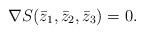
LaTeX: \begin{align*}\nabla S(\bar z_1,\bar z_2,\bar z_3)=0.\end{align*}